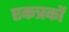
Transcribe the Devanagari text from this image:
एकत्रकों